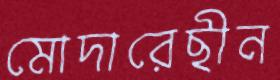
মোদারেছীন